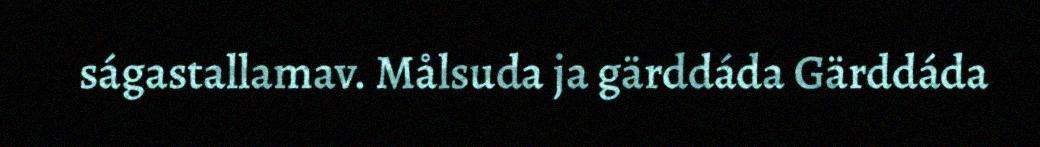
ságastallamav. Målsuda ja gärddáda Gärddáda